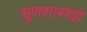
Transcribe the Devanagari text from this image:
भ्रूणशास्त्रज्ञ